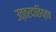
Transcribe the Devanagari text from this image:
उत्तरदातिय्तव